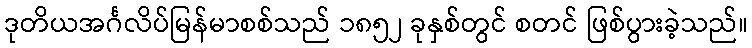
ဒုတိယအင်္ဂလိပ်မြန်မာစစ်သည် ၁၈၅၂ ခုနှစ်တွင် စတင် ဖြစ်ပွားခဲ့သည်။